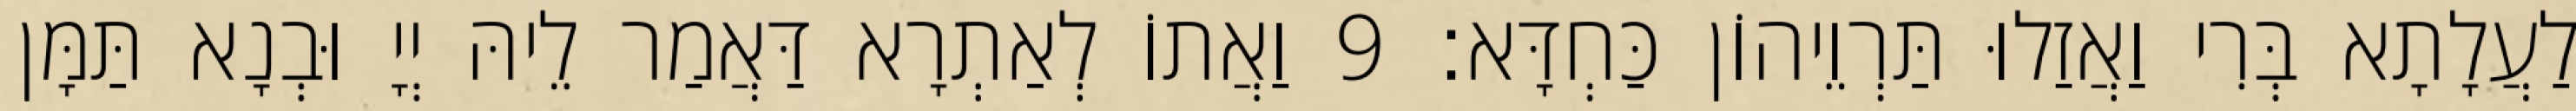
לַעֲלָתָא בְּרִי וַאֲזַלוּ תַּרְוֵיהוֹן כַּחְדָּא׃ 9 וַאֲתוֹ לְאַתְרָא דַּאֲמַר לֵיהּ יְיָ וּבְנָא תַּמָּן